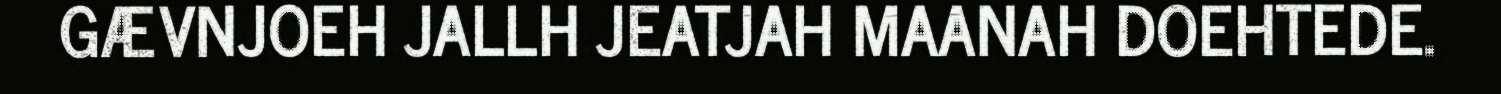
GÆVNJOEH JALLH JEATJAH MAANAH DOEHTEDE.